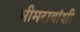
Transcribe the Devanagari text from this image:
भीमरावांशी